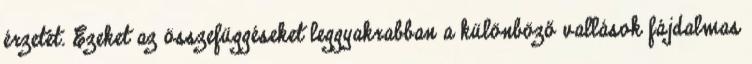
érzetét. Ezeket az összefüggéseket leggyakrabban a különböző vallások fájdalmas